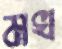
মখ